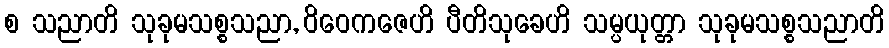
စ သညာတိ သုခုမသစ္စသညာ, ဝိဝေကဇေဟိ ပီတိသုခေဟိ သမ္ပယုတ္တာ သုခုမသစ္စသညာတိ